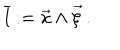
LaTeX: \overline { { { l } } } : = \vec { x } \wedge \vec { \xi } \, .